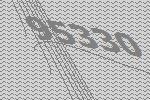
95330